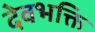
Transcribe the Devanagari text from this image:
देवभक्ति